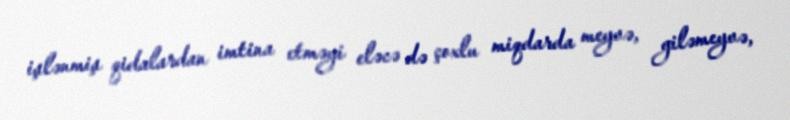
işlənmiş qidalardan imtina etməyi eləcə də çoxlu miqdarda meyvə, giləmeyvə,